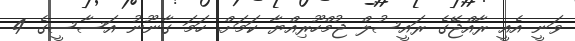
ވަނީ އެއީ ރާއްޖޭގެ ރައީސުލް ޖުމްހޫރިއްޔާ ކަމަށް. ހަމަ ގާނޫނު އަސާސީގެ 4